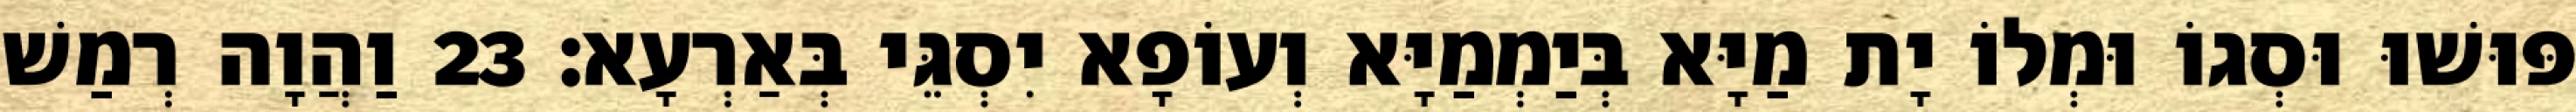
פּוּשׁוּ וּסְגוֹ וּמְלוֹ יָת מַיָּא בְּיַמְמַיָּא וְעוֹפָא יִסְגֵּי בְּאַרְעָא׃ 23 וַהֲוָה רְמַשׁ